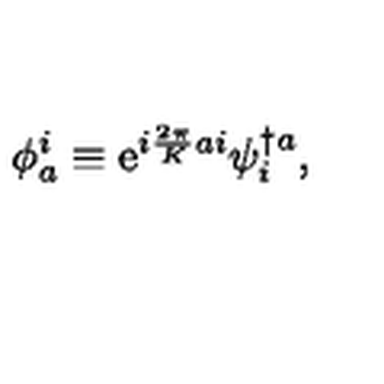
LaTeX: \phi _ { a } ^ { i } \equiv \mathrm { e } ^ { i { \frac { 2 \pi } { K } } a i } \psi _ { i } ^ { \dagger a } ,